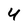
Character: 4